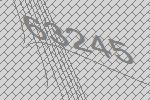
63245